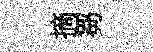
摘芻